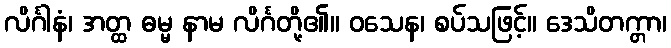
လိင်္ဂါနံ၊ အတ္ထ ဓမ္မ နာမ လိင်္ဂတို့၏။ ဝသေန၊ စပ်သဖြင့်။ ဒေသိတက္တာ၊